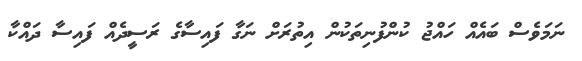
ނަމަވެސް ބައެއް ހައްޖު ކުންފުނިތަކުން އިތުރަށް ނަގާ ފައިސާގެ ރަސީދެއް ފައިސާ ދައްކާ